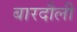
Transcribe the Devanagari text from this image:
बारदौली